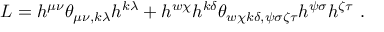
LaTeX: { \cal L } = h ^ { \mu \nu } \theta _ { \mu \nu , k \lambda } h ^ { k \lambda } + h ^ { w \chi } h ^ { k \delta } \theta _ { w \chi k \delta , \psi \sigma \zeta \tau } h ^ { \psi \sigma } h ^ { \zeta \tau } \ .